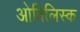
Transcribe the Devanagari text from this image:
ओबिलिस्क